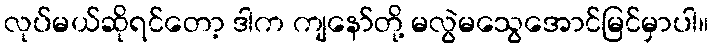
လုပ်မယ်ဆိုရင်တော့ ဒါက ကျနော်တို့ မလွဲမသွေအောင်မြင်မှာပါ။